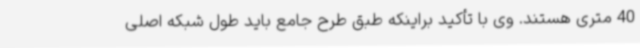
40 متری هستند. وی با تأکید براینکه طبق طرح جامع باید طول شبکه اصلی